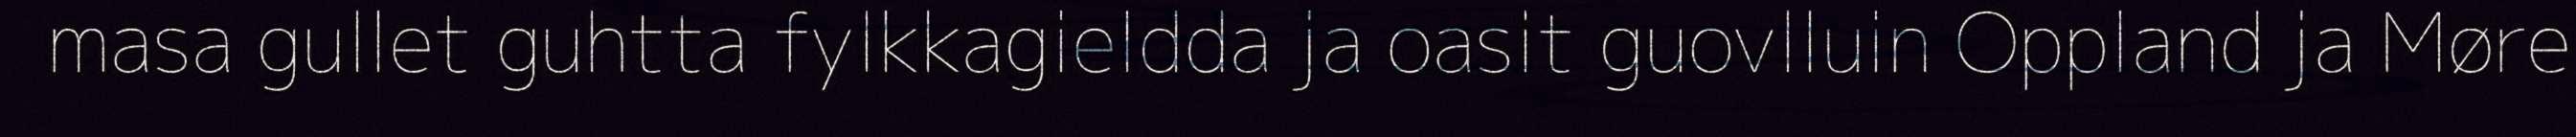
masa gullet guhtta fylkkagieldda ja oasit guovlluin Oppland ja Møre